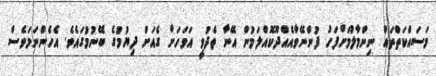
މަސައްކަތްތައް ނިންމާލުމަށްފަހު ފުންނޭވާއެއްދޫކޮއްލަމުން އޭނާ ތެދުވީ އަވަހަށް ގެއަށް ދިޔުމުގެ ބޭނުމުގައެވެ. އެހެންނަމަވެސް